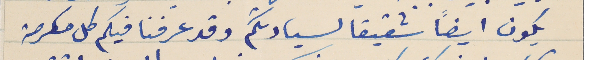
يكون ايضاً شقيقا لسيادتكم وقد عرفنا فيكم كل مكرمة